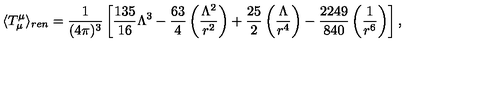
\langle T _ { \mu } ^ { \mu } \rangle _ { r e n } = \frac { 1 } { ( 4 \pi ) ^ { 3 } } \left[ \frac { 1 3 5 } { 1 6 } \Lambda ^ { 3 } - \frac { 6 3 } { 4 } \left( \frac { \Lambda ^ { 2 } } { r ^ { 2 } } \right) + \frac { 2 5 } { 2 } \left( \frac { \Lambda } { r ^ { 4 } } \right) - \frac { 2 2 4 9 } { 8 4 0 } \left( \frac { 1 } { r ^ { 6 } } \right) \right] ,